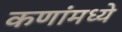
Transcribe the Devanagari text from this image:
कणांमध्ये